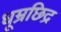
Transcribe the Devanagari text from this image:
धूम्रछिद्र